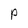
Character: P